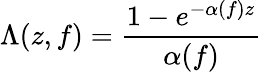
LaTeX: \Lambda(z,f)=\frac{1-e^{-\alpha(f)z}}{\alpha(f)}